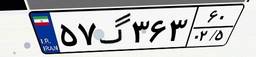
۵۷گ۳۶۳۶۰